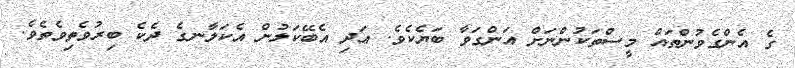
ގެ އެންގެވުންތައް މީސްތަކުންނަށް އަންގަވާ ބަޔެކެވެ. އަދި އެބޭކަލުން އެކަލާނގެ ދެކެ ބިރުވެތިވެތެވެ.